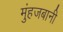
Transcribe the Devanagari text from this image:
मुंहजबानी